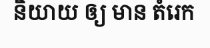
និយាយ ឲ្យ មាន តំរេក